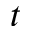
t